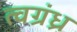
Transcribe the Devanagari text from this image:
त्वग्रंध्र